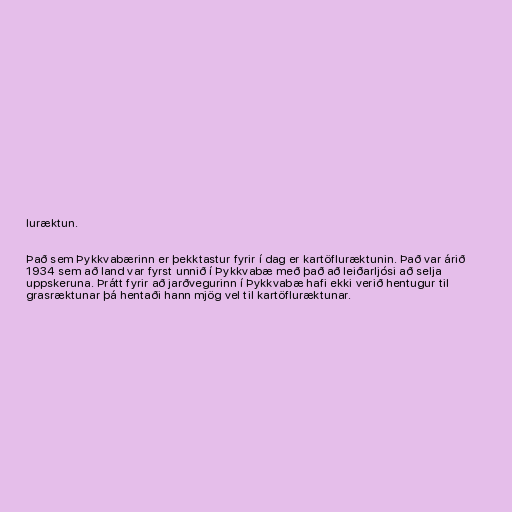
luræktun.

Það sem Þykkvabærinn er þekktastur fyrir í dag er kartöfluræktunin. Það var árið
1934 sem að land var fyrst unnið í Þykkvabæ með það að leiðarljósi að selja
uppskeruna. Þrátt fyrir að jarðvegurinn í Þykkvabæ hafi ekki verið hentugur til
grasræktunar þá hentaði hann mjög vel til kartöfluræktunar.